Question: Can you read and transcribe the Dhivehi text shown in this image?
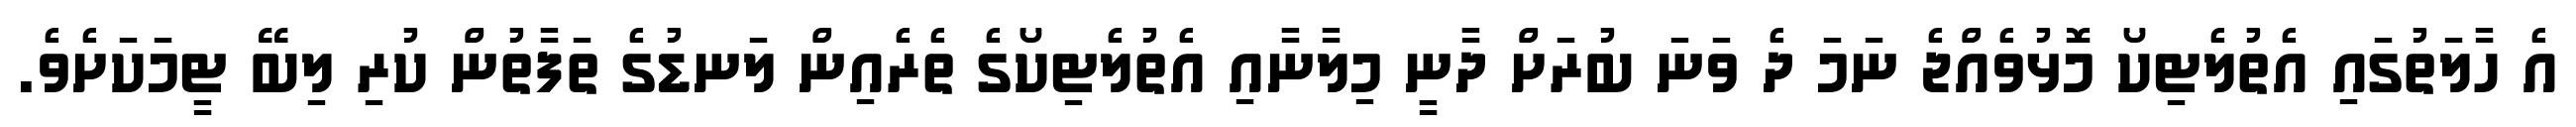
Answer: އެ ހާލަތުގައި އެތުލެޓިކޯ މޮޅުވެއްޖެ ނަމަ ދެ ވަނަ ބުރަށް ދާނީ މިލާނާއި އެތުލެޓިކޯގެ ތެރެއިން ލަނޑުގެ ތަފާތުން ކުރި ލިބޭ ޓީމަކަށެވެ.